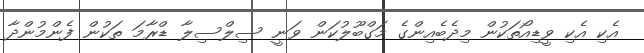
އެކި އެކި ވީޑިއޯތަކުން މިދެބެއިންގެ މަގްބޫލުކަން ވަނީ ސިލްސިލާ ޑްރާމަ ތަކުން ފެންމުންދާ